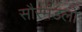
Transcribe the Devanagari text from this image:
सौरमंडलों